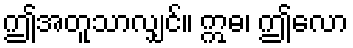
ဤအတူသာလျှင်။ ဣဓ၊ ဤလော